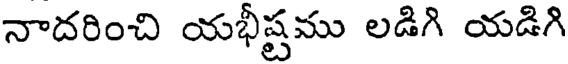
నాదరించి యభీష్టము లడిగి యడిగి